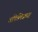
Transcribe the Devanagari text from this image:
अकिलिसच्या